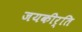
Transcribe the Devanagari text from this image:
जयकीर्ति